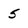
Character: 5